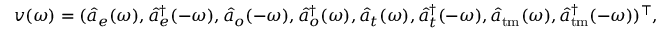
\boldsymbol { v } ( \omega ) = ( \hat { a } _ { e } ( \omega ) , \hat { a } _ { e } ^ { \dagger } ( - \omega ) , \hat { a } _ { o } ( - \omega ) , \hat { a } _ { o } ^ { \dagger } ( \omega ) , \hat { a } _ { t } ( \omega ) , \hat { a } _ { t } ^ { \dagger } ( - \omega ) , \hat { a } _ { \mathrm { t m } } ( \omega ) , \hat { a } _ { \mathrm { t m } } ^ { \dagger } ( - \omega ) ) ^ { \top } ,